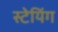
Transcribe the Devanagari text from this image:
स्टेयिंग